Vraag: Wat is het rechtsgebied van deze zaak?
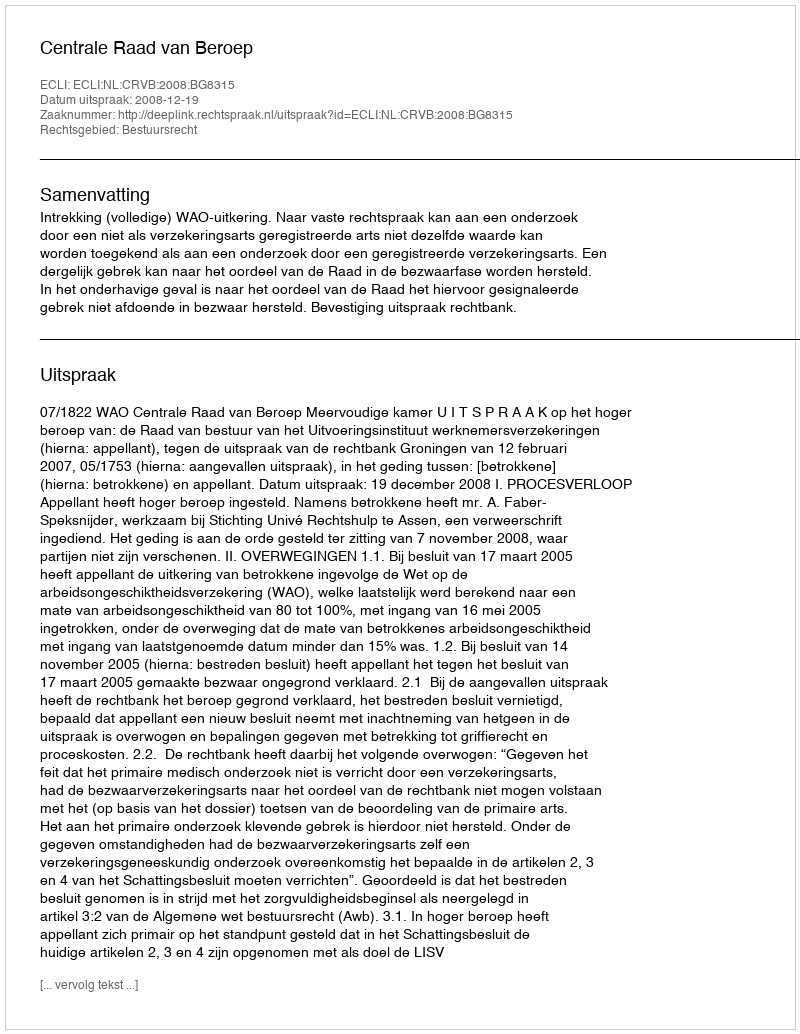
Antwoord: Bestuursrecht